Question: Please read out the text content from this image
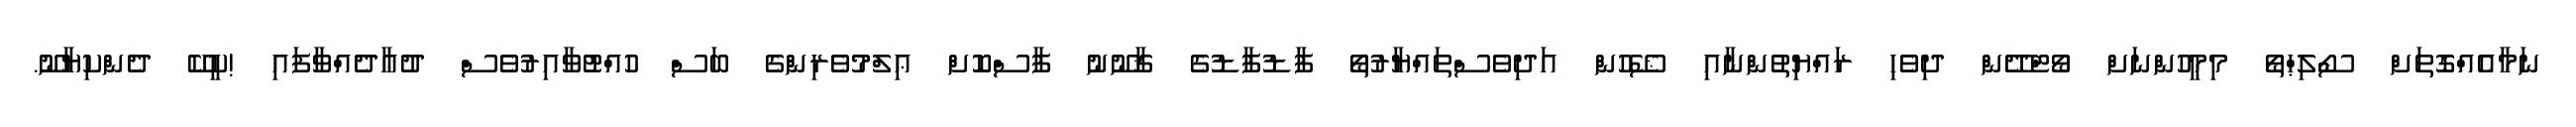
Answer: ނަމާއެއްގޮތަށް ސޯލިޙްތޯ މިމީހުންނަށް ވޯޓްދޭން ދިވެހި ރައްޔިތުންނާއި ޝޭހުން އަދިވެސްތައްޔާރުތޯ ފާޑުފާޑުގެ ޤާނޫނު ފާސްކޮށް ޢިލްމުވެރިންގެ ބަސް ހުއްޓުވާއިރުވެސް ދުޢާދެއްވާފައި !ކީކޭ ދެންކިޔާނޫ.